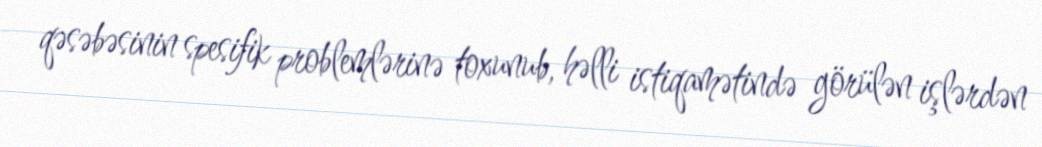
qəsəbəsinin spesifik problemlərinə toxunub, həlli istiqamətində görülən işlərdən